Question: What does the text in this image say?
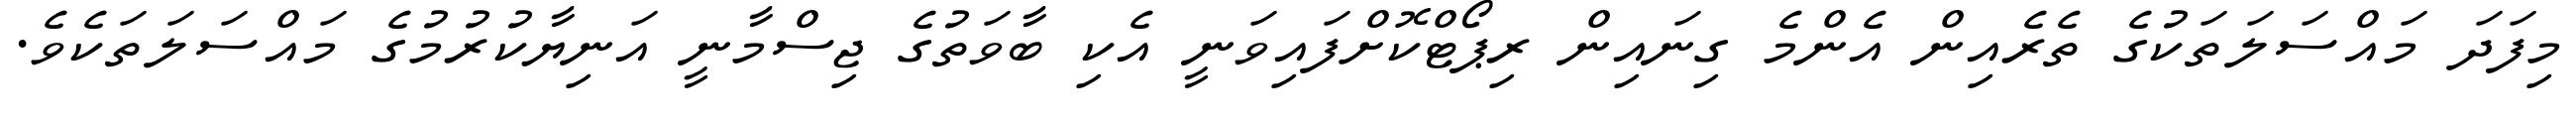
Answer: މިފަދަ މައްސަލަތަކުގެ ތެރެއިން އެންމެ ގިނައިން ރިޕޯޓްކޮށްފައިވަނީ އެކި ބާވަތުގެ ޖިސްމާނީ އަނިޔާކުރުމުގެ މައްސަލަތަކެވެ.